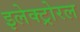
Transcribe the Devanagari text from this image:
इलेक्ट्रोरल